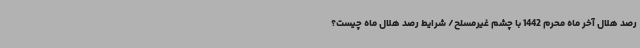
رصد هلال آخر ماه محرم 1442 با چشم غیرمسلح/ شرایط رصد هلال ماه چیست؟